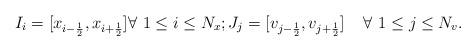
LaTeX: \begin{align*}I_i = [x_{i - \frac{1}{2}},x_{i+\frac{1}{2}}] \forall \,\, 1 \leq i \leq N_x; J_j = [v_{j - \frac{1}{2}}, v_{j + \frac{1}{2}}] \, \quad\forall \,\, 1 \leq j \leq N_v.\end{align*}